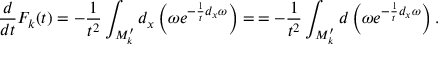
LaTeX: \frac { d } { d t } { \cal F } _ { k } ( t ) = - \frac { 1 } { t ^ { 2 } } \int _ { { \cal M } _ { k } ^ { \prime } } d _ { x } \left( \omega e ^ { - \frac { 1 } { t } d _ { x } \omega } \right) = \, = - \frac { 1 } { t ^ { 2 } } \int _ { { \cal M } _ { k } ^ { \prime } } d \left( \omega e ^ { - \frac { 1 } { t } d _ { x } \omega } \right) .